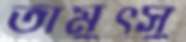
তামুত্সু